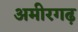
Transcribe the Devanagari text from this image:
अमीरगढ़